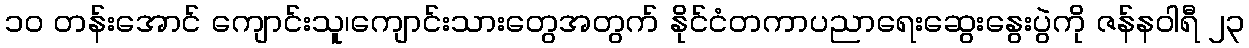
၁၀ တန်းအောင် ကျောင်းသူ၊ကျောင်းသားတွေအတွက် နိုင်ငံတကာပညာရေးဆွေးနွေးပွဲကို ဇန်နဝါရီ ၂၃